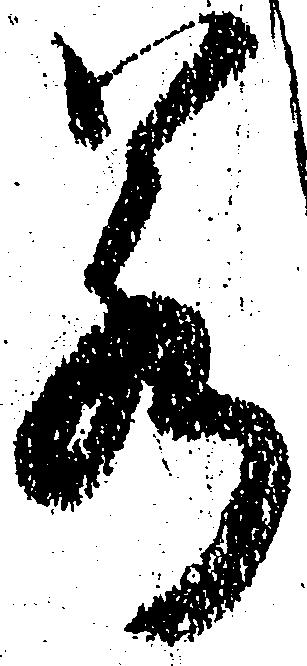
若